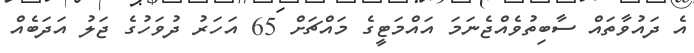
އެ ދައުވާތައް ސާބިތުވެއްޖެނަމަ އައްމަޓީގެ މައްޗަށް 65 އަހަރު ދުވަހުގެ ޖަލު އަދަބެއް